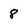
Character: 8